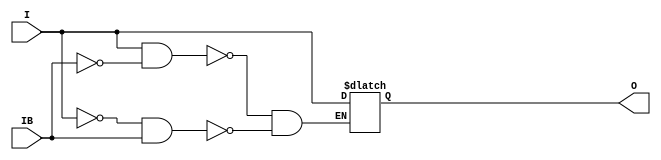
// $Header: /devl/xcs/repo/env/Databases/CAEInterfaces/verunilibs/s/IBUFGDS.v,v 1.11.6.3 2004/06/02 22:04:26 patrickp Exp $

/*

FUNCTION	: INPUT BUFFER

*/

`timescale  100 ps / 10 ps


module IBUFGDS (O, I, IB);

    parameter CAPACITANCE = "DONT_CARE";   
    parameter DIFF_TERM = "FALSE";
    parameter IOSTANDARD = "DEFAULT";
   
    output O;
    input  I, IB;

    reg o_out;

    buf b_0 (O, o_out);

    initial begin
	
        case (CAPACITANCE)

            "LOW", "NORMAL", "DONT_CARE" : ;
            default : begin
                          $display("Attribute Syntax Error : The attribute CAPACITANCE on IBUFGDS instance %m is set to %s.  Legal values for this attribute are DONT_CARE, LOW or NORMAL.", CAPACITANCE);
                          $finish;
                      end

        endcase

	case (DIFF_TERM)

            "TRUE", "FALSE" : ;
            default : begin
                          $display("Attribute Syntax Error : The attribute DIFF_TERM on IBUFGDS instance %m is set to %s.  Legal values for this attribute are TRUE or FALSE.", DIFF_TERM);
                          $finish;
                      end

	endcase // case(DIFF_TERM)
	
    end
    
    always @(I or IB) begin
	if (I == 1'b1 && IB == 1'b0)
	    o_out <= I;
	else if (I == 1'b0 && IB == 1'b1)
	    o_out <= I;
    end

endmodule